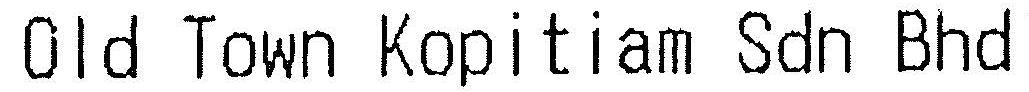
OLD TOWN KOPITIAM SDN BHD